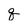
Character: q